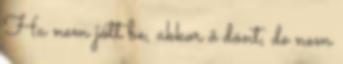
Ha nem jött be, akkor ő dönt, de nem